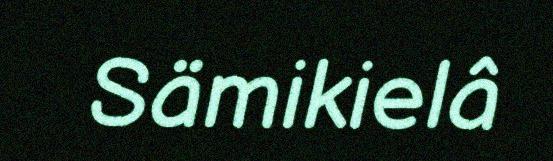
Sämikielâ